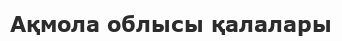
Ақмола облысы қалалары